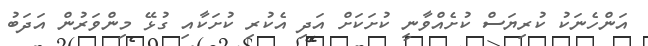
އަންހެނަކު ކުރިޔަސް ކުށެއްވާނީ ކުށަކަށް އަދި އެކުރި ކުށަކާއި ގުޅޭ މިންވަރުން އަދަބު